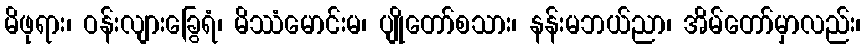
မိဖုရား၊ ဝန်းလျားခြွေရံ၊ မိဿံမောင်းမ၊ ပျိုတော်စသား၊ နန်းမဘယ်ညာ၊ အိမ်တော်မှာလည်း၊